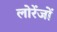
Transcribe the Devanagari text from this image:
लोरेंजों